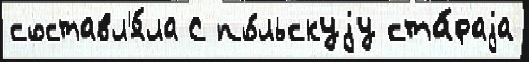
составл'я́ла С по́льскуjу ста́раjа